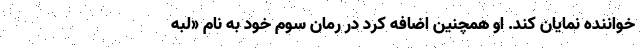
خواننده نمایان کند. او همچنین اضافه کرد در رمان سوم خود به نام «لبه